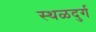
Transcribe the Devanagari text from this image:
स्थळदुर्ग